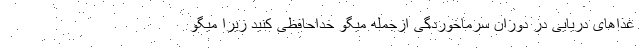
غذاهای دریایی در دوران سرماخوردگی ازجمله میگو خداحافظی کنید زیرا میگو